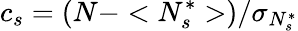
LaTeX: c_{s}=(N-<N_{s}^{\ast}>)/{\sigma_{N_{s}^{\ast}}}